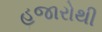
હજારોથી